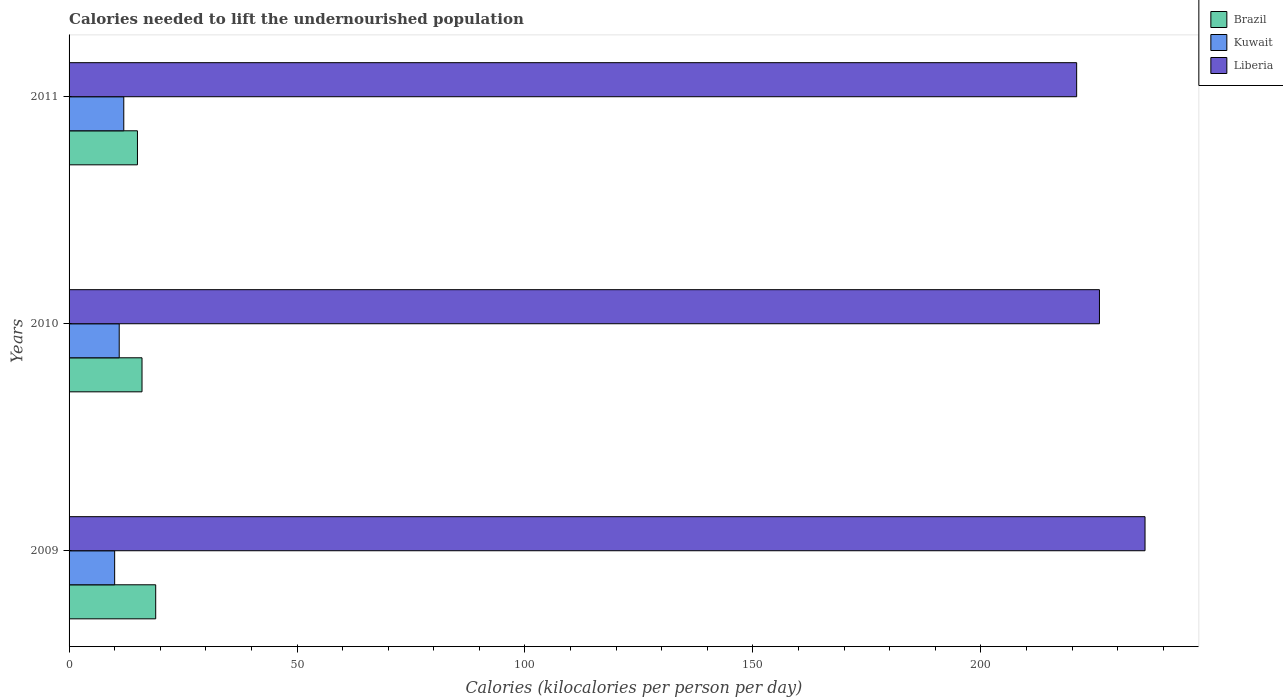
| Years | Brazil | Kuwait | Liberia |
 | --- | --- | --- | --- |
 | 2009 | 19 | 10 | 236 |
 | 2010 | 16 | 11 | 226 |
 | 2011 | 15 | 12 | 221 |